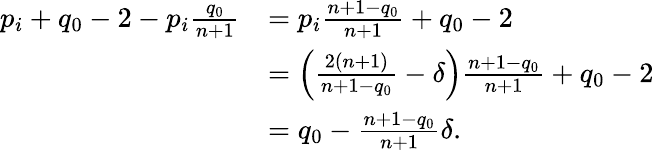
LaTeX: \begin{array}{rl}{p_{i}+q_{0}-2-p_{i}\frac{q_{0}}{n+1}}&{=p_{i}\frac{n+1-q_{0}}{n+1}+q_{0}-2}\\ &{=\left(\frac{2(n+1)}{n+1-q_{0}}-\delta\right)\frac{n+1-q_{0}}{n+1}+q_{0}-2}\\ &{=q_{0}-\frac{n+1-q_{0}}{n+1}\delta.}\end{array}